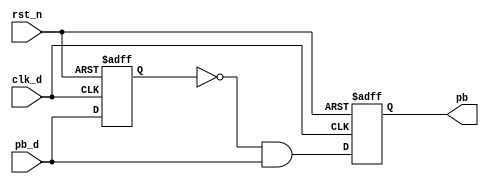
module onePulse(
    input pb_d,
    input clk_d,
    input rst_n,
    output reg pb
);
    reg pb_temp;
    reg pbI;
    reg pbI_temp;
    
    always@*
    begin
        pb_temp = ~pbI & pb_d;
        pbI_temp = pb_d;
    end
    
    
    always@(posedge clk_d or negedge rst_n)
            if (~rst_n)
            begin
                pb <= 0;
                pbI <= 0;
            end
            else
            begin
                pb <= pb_temp;
                pbI <= pbI_temp;
            end
endmodule